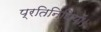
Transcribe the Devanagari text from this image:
प्रतिनिधियों।